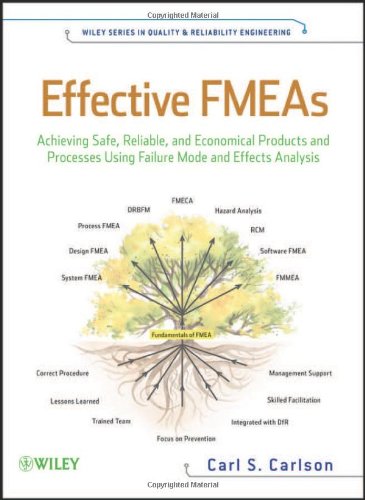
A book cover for Effective FMEAs: Achieving Safe, Reliable, and Economical Products and Processes using Failure Mode and Effects Analysis; Carl Carlson; Business & Money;